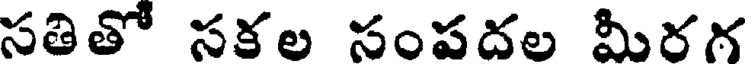
సతితో సకల సంపదల మీరగ